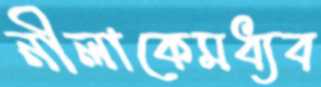
নীলাকেমধ্যব